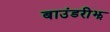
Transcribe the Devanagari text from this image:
बाउंडरीझ